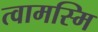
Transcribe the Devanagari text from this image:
त्वामस्मि